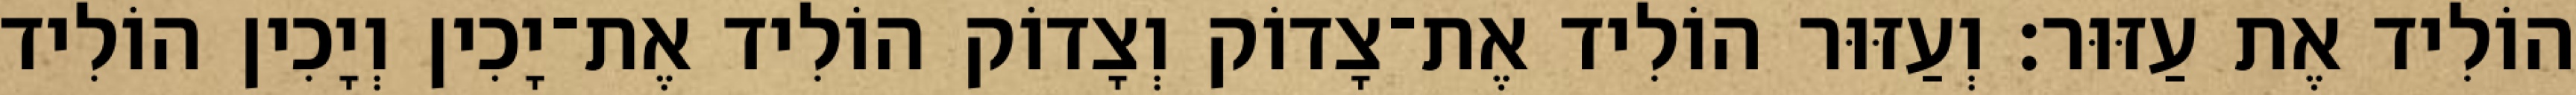
הוֹלִיד אֶת עַזּוּר׃ וְעַזּוּר הוֹלִיד אֶת־צָדוֹק וְצָדוֹק הוֹלִיד אֶת־יָכִין וְיָכִין הוֹלִיד